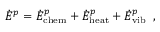
\dot { E } ^ { p } = \dot { E } _ { \mathrm { c h e m } } ^ { p } + \dot { E } _ { \mathrm { h e a t } } ^ { p } + \dot { E } _ { \mathrm { v i b } } ^ { p } \, \mathrm { ~ , ~ }